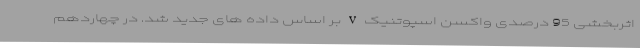
اثربخشی 95 درصدی واکسن اسپوتنیک V بر اساس داده های جدید شد. در چهاردهم